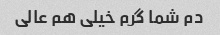
دم شما گرم خیلی هم عالی